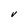
Character: V